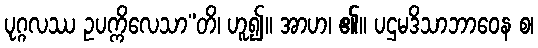
ပုဂ္ဂလဿ ဥပက္ကိလေသာ”တိ၊ ဟူ၍။ အာဟ၊ ၏။ ပဌမဒိသာဘာဝေန စ၊